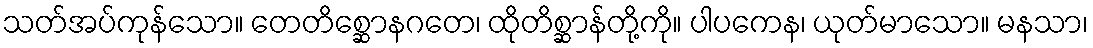
သတ်အပ်ကုန်သော။ တေတိစ္ဆောနဂတေ၊ ထိုတိစ္ဆာန်တို့ကို။ ပါပကေန၊ ယုတ်မာသော။ မနသာ၊